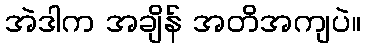
အဲဒါက အချိန် အတိအကျပဲ။